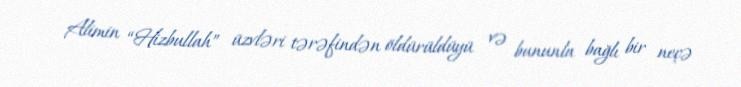
Alimin “Hizbullah” üzvləri tərəfindən öldürüldüyü və bununla bağlı bir neçə